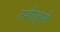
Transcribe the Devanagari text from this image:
टशीलुंपो